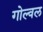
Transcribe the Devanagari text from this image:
गोल्वल